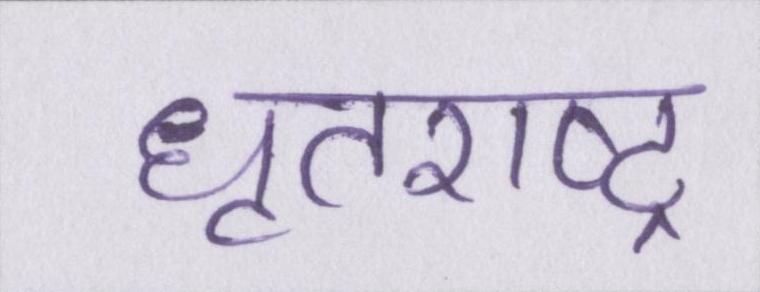
धॄतराष्ट्र